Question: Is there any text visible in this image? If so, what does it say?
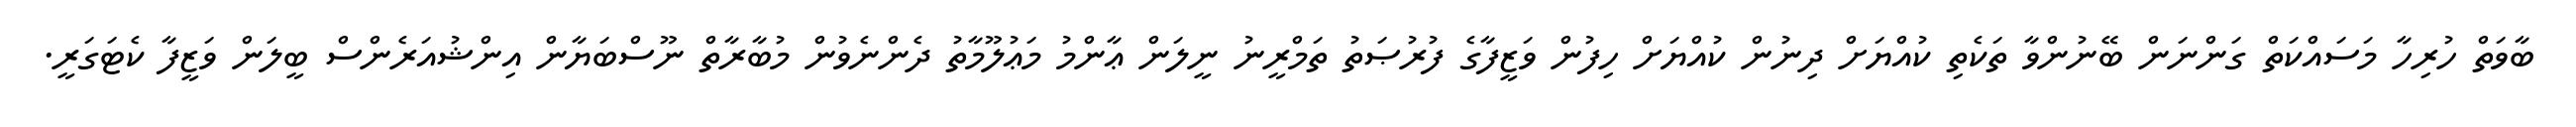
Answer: ބާވަތް ހުރިހާ މަސައްކަތް ގަންނަން ބޭނުންވާ ތަކެތި ކުއްޔަށް ދިނުން ކުއްޔަށް ހިފުން ވަޒީފާގެ ފުރުޞަތު ތަމްރީނު ނީލަން ޢާންމު މަޢުލޫމާތު ދެންނެވުން މުބާރާތް ނޫސްބަޔާން އިންޝުއަރެންސް ބީލަން ވަޒީފާ ކެޓަގަރީ.